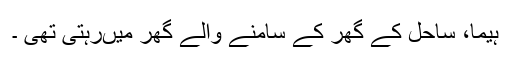
ہیما، ساحل کے گھر کے سامنے والے گھر میںرہتی تھی ۔